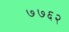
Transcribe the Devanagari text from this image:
७७६२